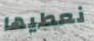
نعطيها